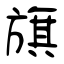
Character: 旗